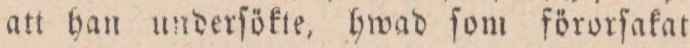
att han underſökte, hwad ſom förorſakat